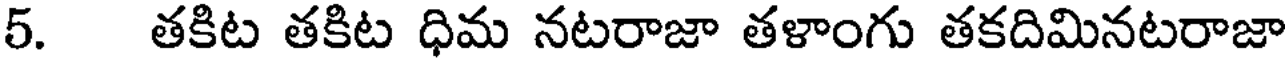
5. తకిట తకిట ధిమ నటరాజా తళాంగు తకదిమినటరాజా